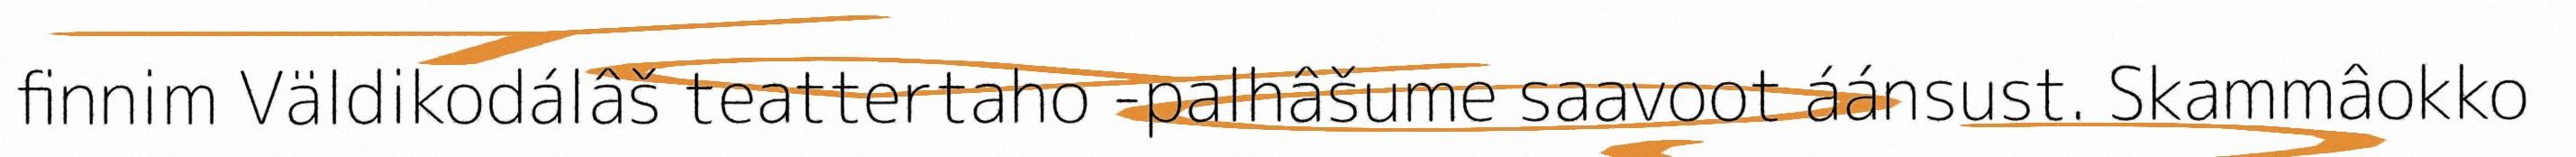
finnim Väldikodálâš teattertaho -palhâšume saavoot áánsust. Skammâokko